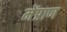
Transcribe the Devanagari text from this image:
मेंप्राण